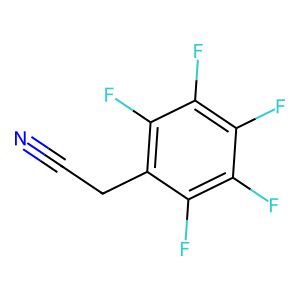
SMILES: N#CCc1c(F)c(F)c(F)c(F)c1F
Inhibits HIV replication: No